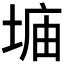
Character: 𫮂